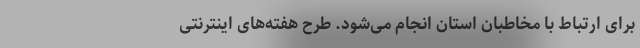
برای ارتباط با مخاطبان استان انجام می‌شود. طرح هفته‌های اینترنتی